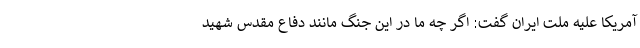
آمریکا علیه ملت ایران گفت: اگر چه ما در این جنگ مانند دفاع مقدس شهید